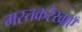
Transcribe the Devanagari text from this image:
मस्तकरेखाएँ